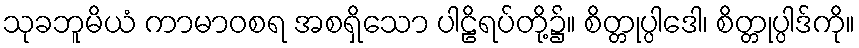
သုခဘူမိယံ ကာမာဝစရ အစရှိသော ပါဠိရပ်တို့၌။ စိတ္တုပ္ပါဒေါ၊ စိတ္တုပ္ပါဒ်ကို။